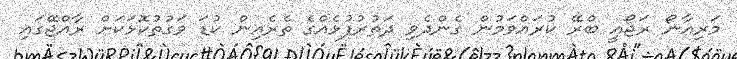
މަރިއާނޯ ރަޖޯއީ ބްރޭ ކުރައްވަމުން ގެންދެވި ދަތުރުފުޅެއްގެ ތެރެއިން ކުޑަ ވަގުތުކޮޅަކަށް ރާއްޖޭގައި